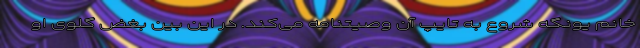
خانم یونگه شروع به تایپ آن وصیتنامه می‌کند. در این بین بغض گلوی او